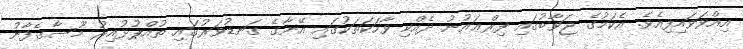
އިއްވަވައިފިއެވެ. އެކަމުގެ ޖަވާބުގައި ފިރްޢައުނު ދެއްކި ވާހަކަތަކުގައި އޭނާގެ ގަނޑުވަރުގައި ތުއްޕުޅުއިރު މޫސާގެފާނު